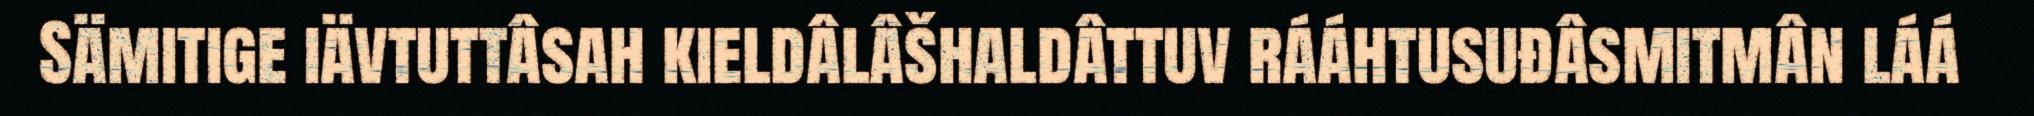
Sämitige iävtuttâsah kieldâlâšhaldâttuv rááhtusuđâsmitmân láá